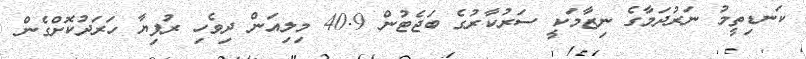
ކަނޑިތީމު ނަރުދަމާގެ ނިޒާމަކީ ސަރުކާރުގެ ބަޖެޓުން 40.9 މިލިއަން ދިވެހި ރުފިޔާ ހަރަދުކޮށްގެން